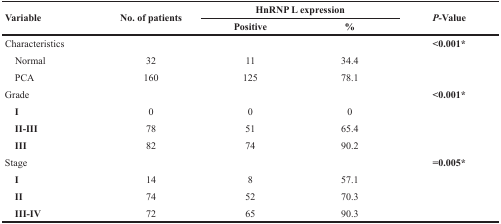
<table><thead><tr><td rowspan="2"><b>Variable</b></td><td rowspan="2"><b>No. of patients</b></td><td colspan="2"><b>HnRNP L expression</b></td><td rowspan="2"><b><i>P</i>-Value</b></td></tr><tr><td><b>Positive</b></td><td><b>%</b></td></tr></thead><tbody><tr><td>Characteristics</td><td></td><td></td><td></td><td><b>&lt;0.001</b>*</td></tr><tr><td> Normal</td><td>32</td><td>11</td><td>34.4</td><td></td></tr><tr><td> PCA</td><td>160</td><td>125</td><td>78.1</td><td></td></tr><tr><td>Grade</td><td></td><td></td><td></td><td><b>&lt;0.001</b>*</td></tr><tr><td> <b>I</b></td><td>0</td><td>0</td><td>0</td><td></td></tr><tr><td> <b>II-III</b></td><td>78</td><td>51</td><td>65.4</td><td></td></tr><tr><td> <b>III</b></td><td>82</td><td>74</td><td>90.2</td><td></td></tr><tr><td>Stage</td><td></td><td></td><td></td><td><b>=0.005</b>*</td></tr><tr><td> <b>I</b></td><td>14</td><td>8</td><td>57.1</td><td></td></tr><tr><td> <b>II</b></td><td>74</td><td>52</td><td>70.3</td><td></td></tr><tr><td> <b>III-IV</b></td><td>72</td><td>65</td><td>90.3</td><td></td></tr></tbody></table>